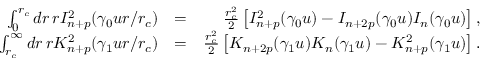
\begin{array} { r l r } { \int _ { 0 } ^ { r _ { c } } d r \, r I _ { n + p } ^ { 2 } ( \gamma _ { 0 } u r / r _ { c } ) } & { = } & { \frac { r _ { c } ^ { 2 } } { 2 } \left[ I _ { n + p } ^ { 2 } ( \gamma _ { 0 } u ) - I _ { n + 2 p } ( \gamma _ { 0 } u ) I _ { n } ( \gamma _ { 0 } u ) \right] , } \\ { \int _ { r _ { c } } ^ { \infty } d r \, r K _ { n + p } ^ { 2 } ( \gamma _ { 1 } u r / r _ { c } ) } & { = } & { \frac { r _ { c } ^ { 2 } } { 2 } \left[ K _ { n + 2 p } ( \gamma _ { 1 } u ) K _ { n } ( \gamma _ { 1 } u ) - K _ { n + p } ^ { 2 } ( \gamma _ { 1 } u ) \right] . } \end{array}